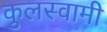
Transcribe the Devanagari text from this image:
कुुलस्वामी